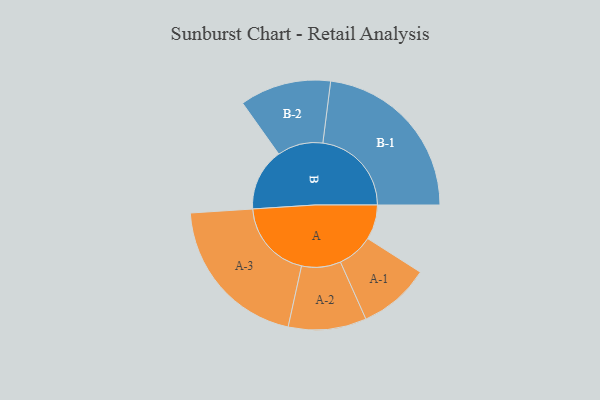
{"axis": {"x": "Segment", "y": "Value"}, "legend": ["", "A", "B"], "data": [{"x": "A", "y": 106, "type": ""}, {"x": "B", "y": 190, "type": ""}, {"x": "A-1", "y": 109, "type": "A"}, {"x": "A-2", "y": 119, "type": "A"}, {"x": "A-3", "y": 241, "type": "A"}, {"x": "B-1", "y": 270, "type": "B"}, {"x": "B-2", "y": 139, "type": "B"}]}